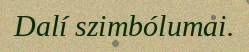
Dalí szimbólumai.